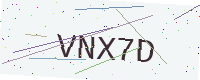
Text: VNX7D